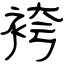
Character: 袴